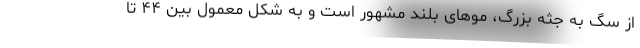
از سگ به جثه بزرگ، مو‌های بلند مشهور است و به شکل معمول بین ۴۴ تا